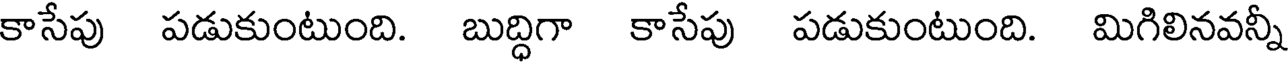
కాసేపు పడుకుంటుంది. బుద్ధిగా కాసేపు పడుకుంటుంది. మిగిలినవన్నీ